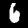
Digit: 6